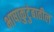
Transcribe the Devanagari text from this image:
भाषाकुटुंबातील